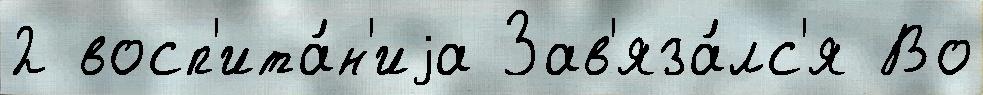
2 восп'ита́н'иjа Зав'яза́лс'я Во